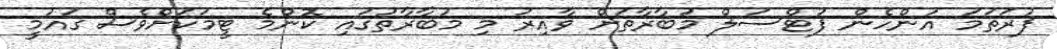
ފުރަތަމަ އަންހެން ފުޓްސަލް މުބާރާތަށް ވާއިރު މި މުބާރާތުގައި ކޮންމެ ޓީމަކަށްވެސް ގައުމީ